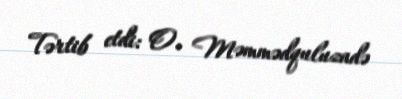
Tərtib etdi: O. Məmmədquluzadə